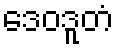
ဒေဝဒူတံ